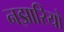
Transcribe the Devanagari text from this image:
नझारियो